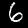
Digit: 6